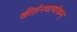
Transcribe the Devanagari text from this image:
कीर्तनचार्याकम्‌